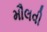
મૌલવી